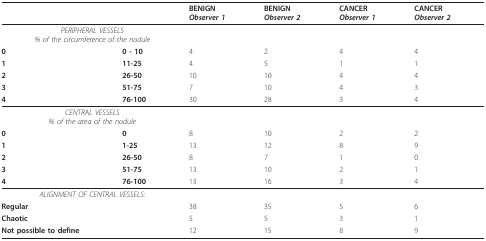
<table><thead><tr><td></td><td></td><td><b>BENIGN<i>Observer 1</i></b></td><td><b>BENIGN<i>Observer 2</i></b></td><td><b>CANCER<i>Observer 1</i></b></td><td><b>CANCER<i>Observer 2</i></b></td></tr></thead><tbody><tr><td colspan="2"><i>PERIPHERAL VESSELS</i><i>% of the circumference of the nodule</i></td><td></td><td></td><td></td><td></td></tr><tr><td><b>0</b></td><td><b>0 - 10</b></td><td>4</td><td>2</td><td>4</td><td>4</td></tr><tr><td><b>1</b></td><td><b>11-25</b></td><td>4</td><td>5</td><td>1</td><td>1</td></tr><tr><td><b>2</b></td><td><b>26-50</b></td><td>10</td><td>10</td><td>4</td><td>4</td></tr><tr><td><b>3</b></td><td><b>51-75</b></td><td>7</td><td>10</td><td>4</td><td>3</td></tr><tr><td><b>4</b></td><td><b>76-100</b></td><td>30</td><td>28</td><td>3</td><td>4</td></tr><tr><td colspan="2"><i>CENTRAL VESSELS</i><i>% of the area of the nodule</i></td><td></td><td></td><td></td><td></td></tr><tr><td><b>0</b></td><td><b>0</b></td><td>8</td><td>10</td><td>2</td><td>2</td></tr><tr><td><b>1</b></td><td><b>1-25</b></td><td>13</td><td>12</td><td>8</td><td>9</td></tr><tr><td><b>2</b></td><td><b>26-50</b></td><td>8</td><td>7</td><td>1</td><td>0</td></tr><tr><td><b>3</b></td><td><b>51-75</b></td><td>13</td><td>10</td><td>2</td><td>1</td></tr><tr><td><b>4</b></td><td><b>76-100</b></td><td>13</td><td>16</td><td>3</td><td>4</td></tr><tr><td colspan="2"><i>ALIGNMENT OF CENTRAL VESSELS</i>:</td><td></td><td></td><td></td><td></td></tr><tr><td><b>Regular</b></td><td></td><td>38</td><td>35</td><td>5</td><td>6</td></tr><tr><td><b>Chaotic</b></td><td></td><td>5</td><td>5</td><td>3</td><td>1</td></tr><tr><td><b>Not possible to define</b></td><td></td><td>12</td><td>15</td><td>8</td><td>9</td></tr></tbody></table>